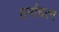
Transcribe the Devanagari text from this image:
धर्माचरन